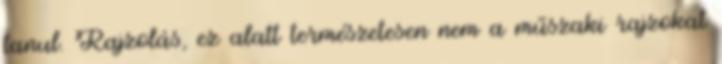
tanul. Rajzolás, ez alatt természetesen nem a műszaki rajzokat